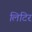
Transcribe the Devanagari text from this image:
लिटिर